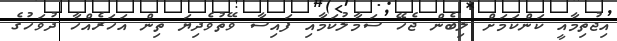
އިޖުތިމާއީ ކަންކަމަށް ލިބެން ޖެހޭ ސަމާލުކަމާއި ފައިސާ ވޭތުވެދިޔަ ތިން އަހަރެއްހާ ދުވަހުގެ